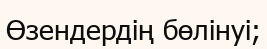
Өзендердің бөлінуі;